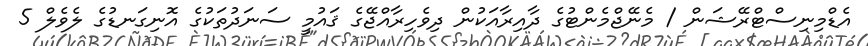
އެޑްމިނިސްޓްރޭޝަން / މެނޭޖްމެންޓުގެ ދާއިރާއަކުން ދިވެހިރާއްޖޭގެ ޤައުމީ ސަނަދުތަކުގެ އޮނިގަނޑުގެ ލެވެލް 5